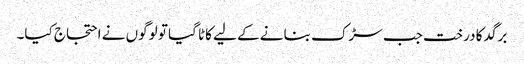
برگد کا درخت جب سڑک بنانے کے لیے کاٹا گیا تو لوگوں نے احتجاج کیا۔